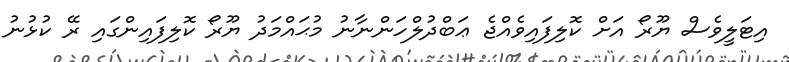
އިޓަލީވެސް ޔޫރޯ އަށް ކޮލިފައިވެއްޖެ ޢަބްދުލްހަންނާނު މުޙައްމަދު ޔޫރޯ ކޮލިފައިންގައި ރޭ ކުޅުނު